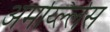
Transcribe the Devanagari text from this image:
अमर्य्ल्लिस